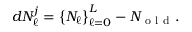
d N _ { \ell } ^ { j } = \left\{ N _ { \ell } \right\} _ { \ell = 0 } ^ { L } - N _ { \mathrm { ~ o ~ l ~ d ~ } } .